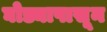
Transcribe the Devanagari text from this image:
घोड्यापासून